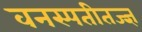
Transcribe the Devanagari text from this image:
वनस्पतीतज्‍ज्ञ